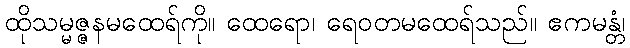
ထိုသမ္မဇ္ဇနမထေရ်ကို။ ထေရော၊ ရေဝတမထေရ်သည်။ ဧကမန္တံ၊